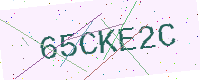
Text: 65CKE2C